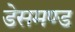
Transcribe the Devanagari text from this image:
डेसमण्ड